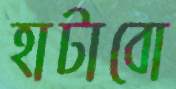
হাটাবো